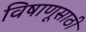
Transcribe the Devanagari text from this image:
विषाणूसाठी